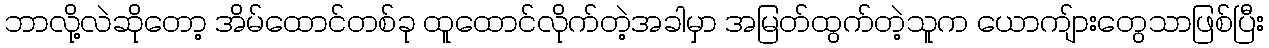
ဘာလို့လဲဆိုတော့ အိမ်ထောင်တစ်ခု ထူထောင်လိုက်တဲ့အခါမှာ အမြတ်ထွက်တဲ့သူက ယောကျ်ားတွေသာဖြစ်ပြီး